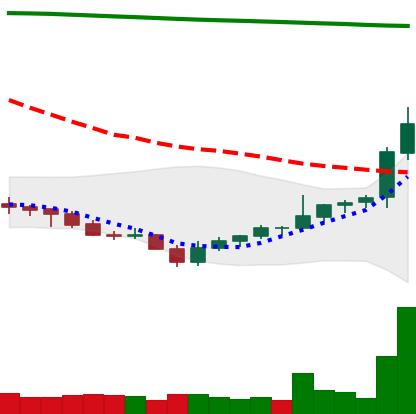
Ticker: NEO-USD
Chart end date: 2021-07-31
Forward return: -4.198%
Label: down_3_5